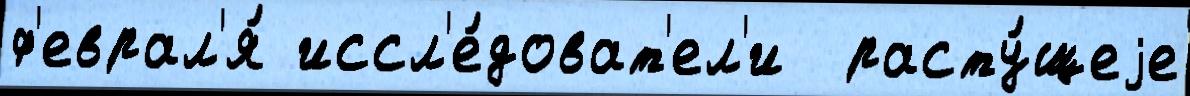
ф'еврал'я́ иссл'е́доват'ел'и  расту́щеjе